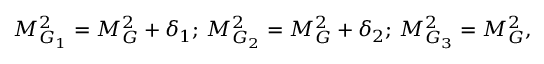
M _ { G _ { 1 } } ^ { 2 } = M _ { G } ^ { 2 } + \delta _ { 1 } ; \, M _ { G _ { 2 } } ^ { 2 } = M _ { G } ^ { 2 } + \delta _ { 2 } ; \, M _ { G _ { 3 } } ^ { 2 } = M _ { G } ^ { 2 } ,